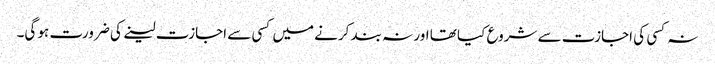
نہ کسی کی اجازت سے شروع کیا تھا اور نہ بند کرنے میں کسی سے اجازت لینے کی ضرورت ہو گی۔